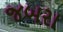
જબરા